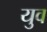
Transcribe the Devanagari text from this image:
युव